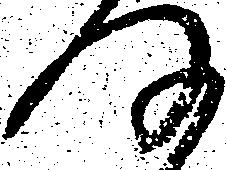
及